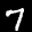
Label: 7